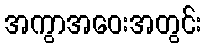
အကွာအဝေးအတွင်း